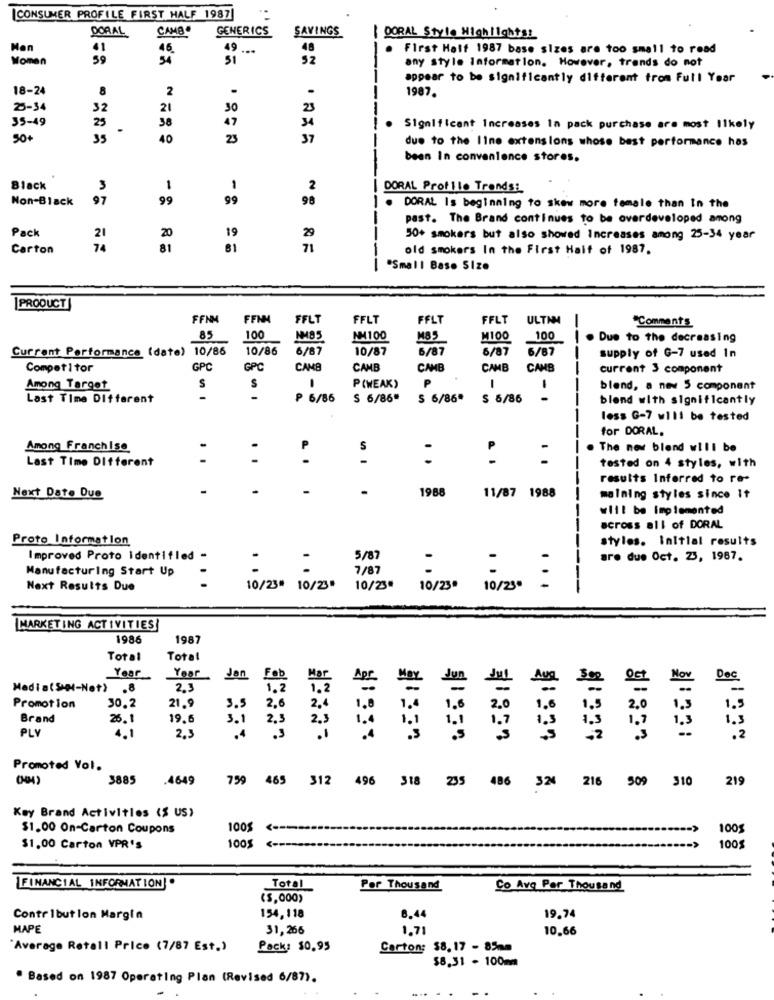
CONSUMER PROFILE FIRST HALF 1987
DORAL
CAMB
GENERICS
SAVINGS
DORAL Style Highlightsi
41
46
49
...
48
First Half 1987 base sizes are too small to read
Women
59
54
52
any style Information. However, trends do not
appear to be significantly different from Full Year
18-24
8
2
.
.
1987.
25-34
32
21
23
35-49
25
38
47
34
. Significant Increases In pack purchase are most likely
50+
35
40
23
37
due to the Ilne extensions whose best performance has
been In convenience stores.
Black
3
1
1
2
DORAL Profile Trends:
Non-Black
97
99
99
98
. DORAL Is beginning to skew more female than In the
past. The Brand continues to be overdeveloped among
19
Pack
21
20
29
50+ smokers but also showed Increases among 25-34 year
Carton
74
81
81
71
old smokers In the First Half of 1987.
*Small Base Size
PRODUCT
FFNM
FFNM
FFLT
FELT
FFLT
FELT
ULTIM
"Comment's
85
100
NH85
NM4100
M100
100
Due to the decreasing
Current Performance (date) 10/86
10/86
6/87
10/87
6/87
6/87
6/87
---
supply of G-7 used In
Competitor
GPC
GPC
CAME
CAMB
CAMB
CAMB
CAMB
current 3 component
Among Target
S
S
P (WEAK)
P
1
--
blend, a new 5 component
Last Time Different
-
₱ 6/85
$ 6/86"
S 6/86"
S 6/86
-
blend with significantly
less G-7 will be tested
for DORAL.
Among Franchise
S
The new blend will be
Last Time Different
. .
..
tested on 4 styles, with
results Inferred to re-
-
1988
Next Date Due
11/87 1988
malning styles since It
will be implemented
---
across all of DORAL
Proto Information
styles. Initial results
Improved Proto Identified
5/87
-
are due Oct. 23, 1987.
Manufacturing Start Up
7/87
:
Next Results Due
10/23" 10/23"
10/23*
10/23º
10/25*
...
MARKETING ACTIVITIES!
1986
1987
Total
Total
Year
Year
Jan
Fob
Mor
Apr
Aug.
Nov
Media( SHM-Net)
.8
2.3
1.2
1.2
May
Jun
Dec
21.9
3.5
2.6
Promotion
30.2
2,4
1.8
1.4
1.6
2.0
1.6
2,0
1.3
1.2
Brand
26.1
19.6
3.1
2,3
2.3
1.1
.7
1.4
1.1
1.3
1.5
1.1
1,3
1 .5
PLY
4.1
2.3
.4
.3
.I
.3
-2
.2
Promoted Vol.
3885
.4649
759
465
312
496
318
235
486
324
216
509
310
219
Key Brand Activities ($ US)
$1.00 On-Carton Coupons
100
100
100%
100
$1,00 Carton VPR's
FINANCIAL INFORMATION].
Total
Por Thousand
Co Avg Par Thousand
(5,000)
Contribution Margin
154, 118
8.44
19,74
MAPE
31,266
1.71
10.66
Average Retall Price (7/87 Est.)
Pack: $0.95
Carton: $8.17 - 85mm
$8,31 - 100mm
" Based on 1987 Operating Plan (Revised 6/87).